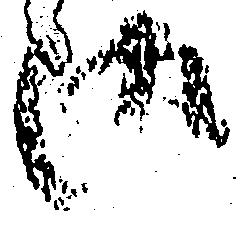
御